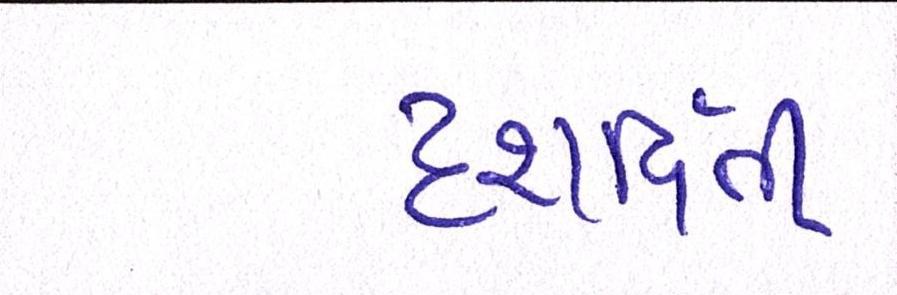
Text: દશર્વિતી